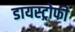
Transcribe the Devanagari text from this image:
डायस्ट्रोफी